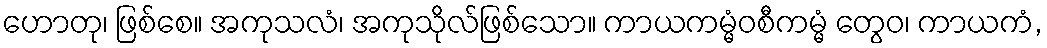
ဟောတု၊ ဖြစ်စေ။ အကုသလံ၊ အကုသိုလ်ဖြစ်သော။ ကာယကမ္မံဝစီကမ္မံ တွေဝ၊ ကာယကံ,